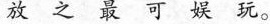
放之最可娱玩。